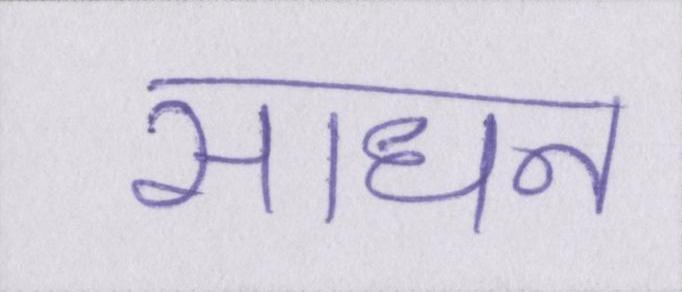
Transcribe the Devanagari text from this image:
साधन